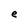
Character: e